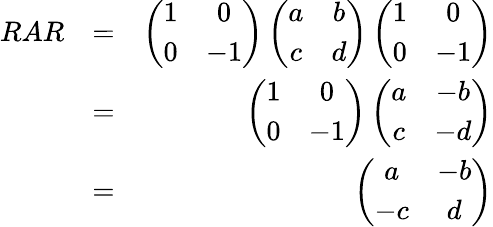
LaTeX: \begin{array}{rlr}{RAR}&{=}&{\left(\begin{array}{cc}{1}&{0}\\ {0}&{-1}\end{array}\right)\left(\begin{array}{cc}{a}&{b}\\ {c}&{d}\end{array}\right)\left(\begin{array}{cc}{1}&{0}\\ {0}&{-1}\end{array}\right)}\\ &{=}&{\left(\begin{array}{cc}{1}&{0}\\ {0}&{-1}\end{array}\right)\left(\begin{array}{cc}{a}&{-b}\\ {c}&{-d}\end{array}\right)}\\ &{=}&{\left(\begin{array}{cc}{a}&{-b}\\ {-c}&{d}\end{array}\right)}\end{array}